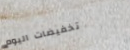
تخفيضات اليوم